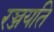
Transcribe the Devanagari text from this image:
रञ्जयति